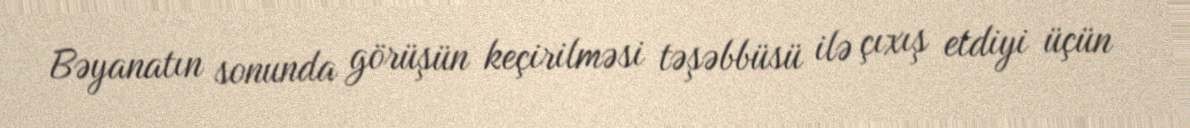
Bəyanatın sonunda görüşün keçirilməsi təşəbbüsü ilə çıxış etdiyi üçün